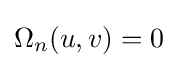
\Omega _{n}(u,v)=0